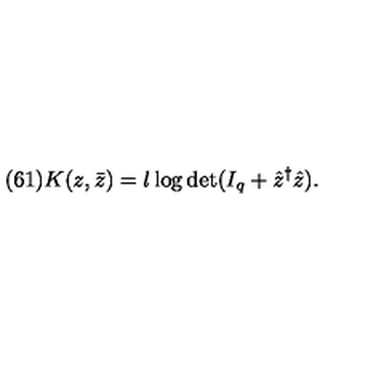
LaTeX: ( 6 1 ) K ( z , \bar { z } ) = l \log \det ( I _ { q } + \hat { z } ^ { \dagger } \hat { z } ) .